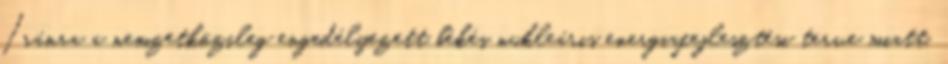
Iránra a nemzetközileg engedélyezett békés nukleáris energiafejlesztési terve miatt,